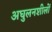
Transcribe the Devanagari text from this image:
अघुलनशीलों